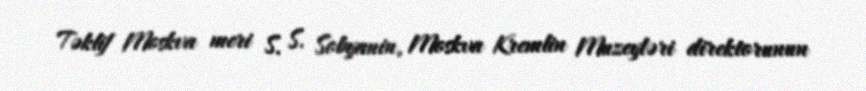
Təklif Moskva meri S. S. Sobyanin, Moskva Kremlin Muzeyləri direktorunun